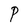
Character: P